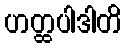
ဟတ္ထပါဒါတိ